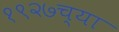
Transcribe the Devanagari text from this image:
१९२७च्या